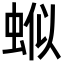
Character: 𬠊